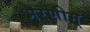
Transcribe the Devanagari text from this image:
भरणीम्